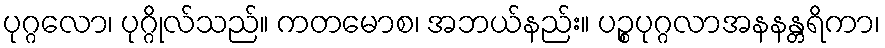
ပုဂ္ဂလော၊ ပုဂ္ဂိုလ်သည်။ ကတမောစ၊ အဘယ်နည်း။ ပဉ္စပုဂ္ဂလာအနနန္တရိကာ၊